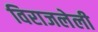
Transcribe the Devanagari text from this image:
विराजलेली